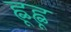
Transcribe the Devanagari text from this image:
ह्ळूह्ळू